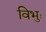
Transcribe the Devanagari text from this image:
विभुः